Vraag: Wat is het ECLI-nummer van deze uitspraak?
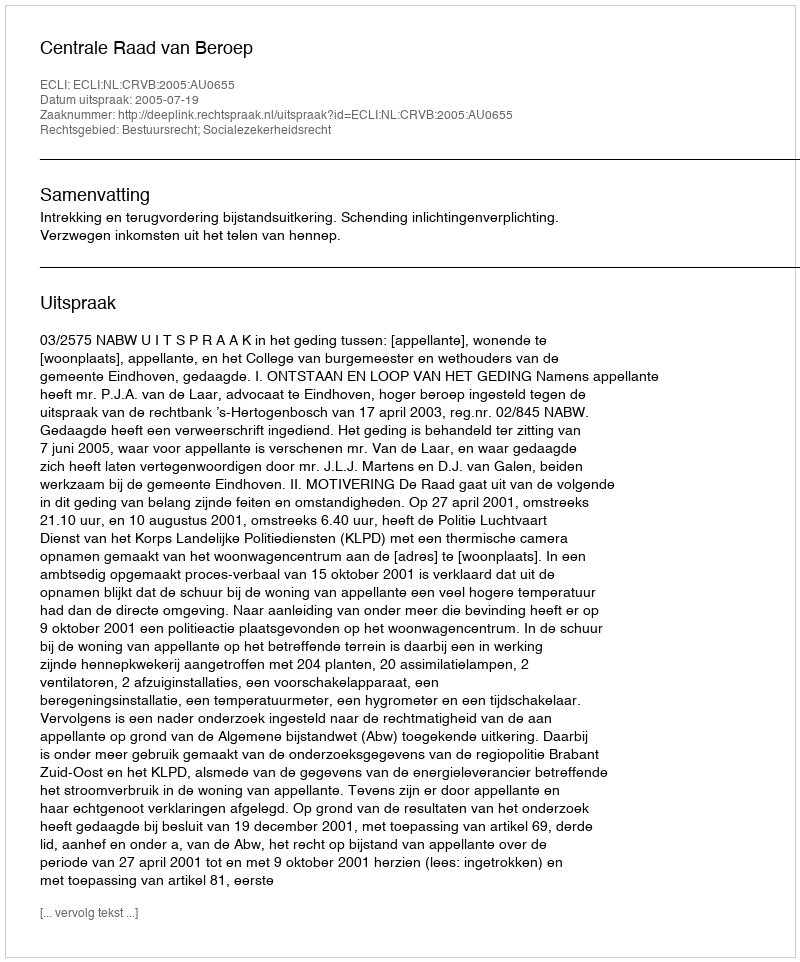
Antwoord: ECLI:NL:CRVB:2005:AU0655